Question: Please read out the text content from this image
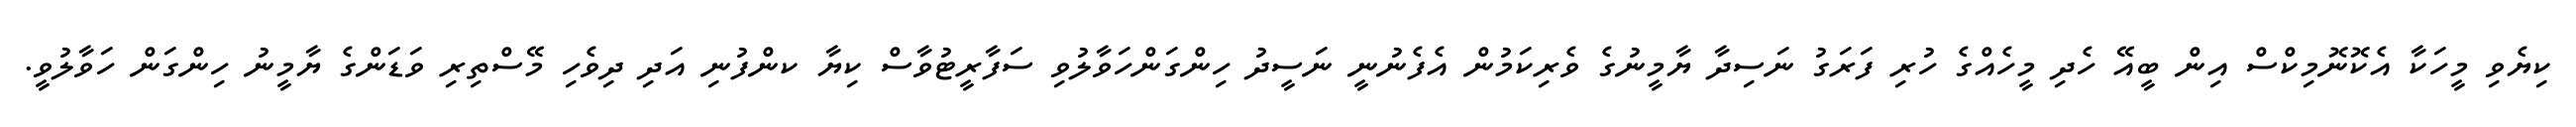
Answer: ކިޔެވި މީހަކާ އެކޮނޮމިކްސް އިން ބީއޭ ހެދި މީހެއްގެ ހުރި ފަރަގު ނަސިދާ ޔާމީނުގެ ވެރިކަމުން އެފެނުނީ ނަސީދު ހިންގަންހަވާލުވި ސަފާރީޓުވާސް ކިޔާ ކންފުނި އަދި ދިވެހި މޭސްތިރި ވަޑަންގެ ޔާމީނު ހިންގަން ހަވާލުވީ.